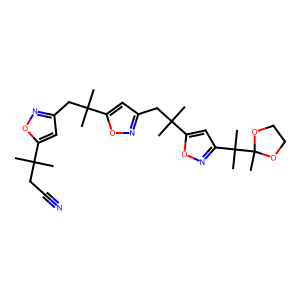
SMILES: CC(C)(CC#N)c1cc(CC(C)(C)c2cc(CC(C)(C)c3cc(C(C)(C)C4(C)OCCO4)no3)no2)no1
Inhibits HIV replication: No